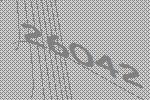
26042